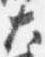
大